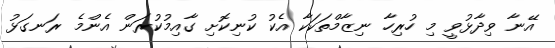
އޭނާ ވިދާޅުވީ މި ހުރިހާ ނިޒާމްތަކަކާ އެކު ކުނިކޮށި ގާއިމުކުރަން އެންމެ ރަނގަޅު